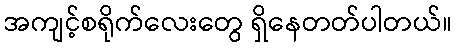
အကျင့်စရိုက်လေးတွေ ရှိနေတတ်ပါတယ်။